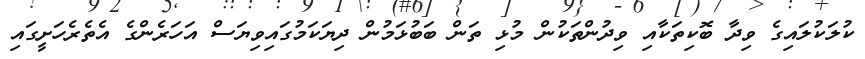
ކުލަކުލައިގެ ވިދާ ބޮކިތަކާއި ވިދުންތަކުން މުޅި ތަން ބަބުޅަމުން ދިޔަކަމުގައިވިޔަސް އަހަރެންގެ އެތެރެހަށީގައި